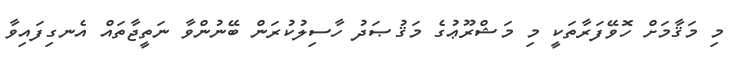
މި މަޤާމަށް ހޮވޭފަރާތަކީ މި މަޝްރޫޢުގެ މަޤުޞަދު ހާސިލުކުރަން ބޭނުންވާ ނަތީޖާތައް އެނގިފައިވާ